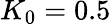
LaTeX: K_{0}=0.5